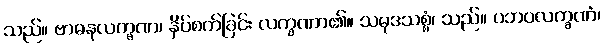
သည်။ ဗာဓနလက္ခဏ၊ နှိပ်စက်ခြင်း လက္ခဏာ၏။ သမုဒသစ္စံ၊ သည်။ ပဘဝလက္ခဏံ၊